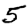
Digit: 5